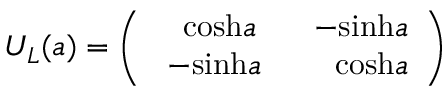
U _ { L } ( a ) = \left( \begin{array} { c c } { { \ \ \mathrm { c o s h } a } } & { { \ \ - \mathrm { s i n h } a } } \\ { { \ - \mathrm { s i n h } a } } & { { \ \ \ \ \mathrm { c o s h } a } } \end{array} \right)